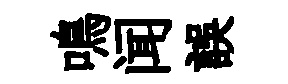
鳴闻誤